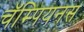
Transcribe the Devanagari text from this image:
चॅम्पियनस